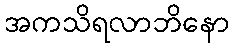
အကသိရလာဘိနော